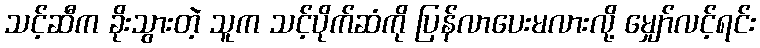
သင့်ဆီက ခိုးသွားတဲ့ သူက သင့်ပိုက်ဆံကို ပြန်လာပေးမလားလို့ မျှော်လင့်ရင်း